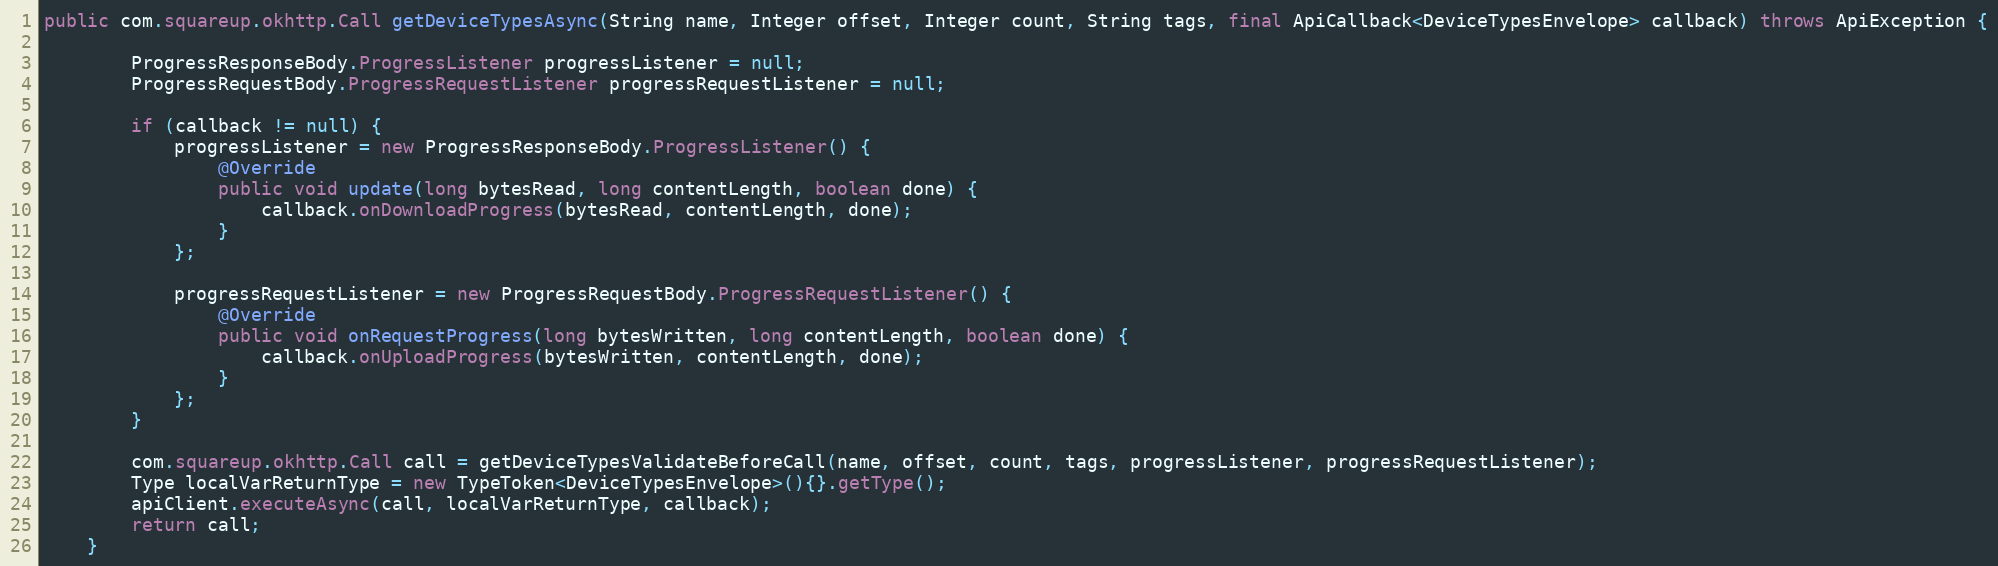
Language: Java
public com.squareup.okhttp.Call getDeviceTypesAsync(String name, Integer offset, Integer count, String tags, final ApiCallback<DeviceTypesEnvelope> callback) throws ApiException {

        ProgressResponseBody.ProgressListener progressListener = null;
        ProgressRequestBody.ProgressRequestListener progressRequestListener = null;

        if (callback != null) {
            progressListener = new ProgressResponseBody.ProgressListener() {
                @Override
                public void update(long bytesRead, long contentLength, boolean done) {
                    callback.onDownloadProgress(bytesRead, contentLength, done);
                }
            };

            progressRequestListener = new ProgressRequestBody.ProgressRequestListener() {
                @Override
                public void onRequestProgress(long bytesWritten, long contentLength, boolean done) {
                    callback.onUploadProgress(bytesWritten, contentLength, done);
                }
            };
        }

        com.squareup.okhttp.Call call = getDeviceTypesValidateBeforeCall(name, offset, count, tags, progressListener, progressRequestListener);
        Type localVarReturnType = new TypeToken<DeviceTypesEnvelope>(){}.getType();
        apiClient.executeAsync(call, localVarReturnType, callback);
        return call;
    }